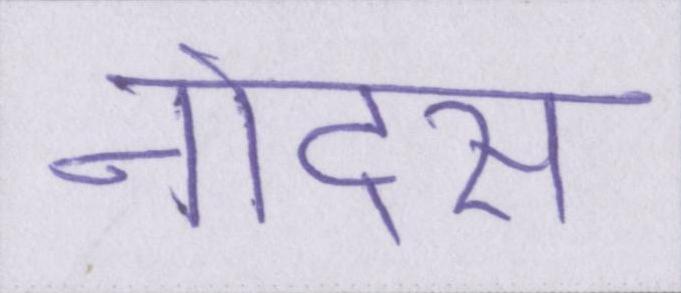
नोट्स